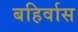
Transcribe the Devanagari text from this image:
बहिर्वास